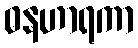
ဓနဟာရကာ